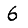
Digit: 6